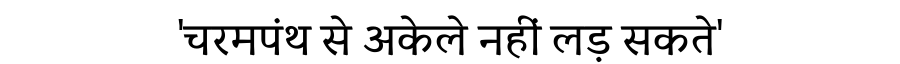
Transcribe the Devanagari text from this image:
'चरमपंथ से अकेले नहीं लड़ सकते'